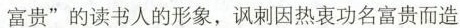
富贵”的读书人的形象，讽刺因热衷功名富贵而造